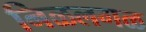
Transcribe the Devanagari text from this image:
निळलगळ